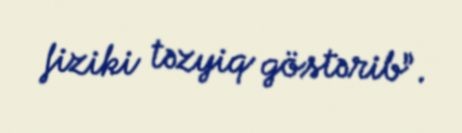
fiziki təzyiq göstərib”.